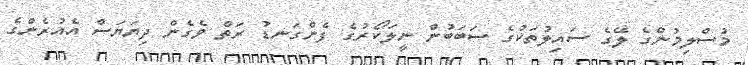
މުސްލިމުންގެ ލޭގެ ސައިލުތަކުގެ ސަބަބުން ނީލަކޯރުގެ ފެންގަނޑު ރަތް ވެގެން ދިޔަޔަސް އެއުރެންގެ